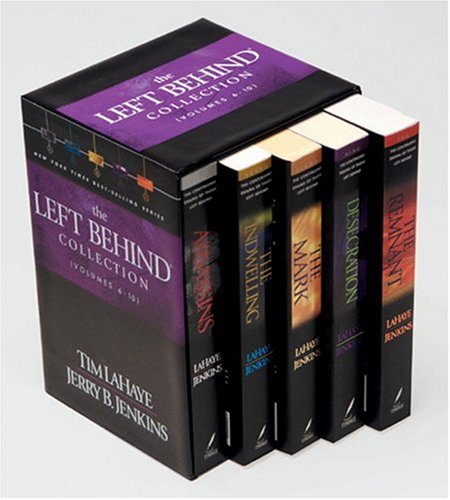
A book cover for Left Behind Collection: Boxed Set Volumes 6-10; Tim F. LaHaye; Religion & Spirituality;